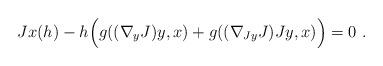
LaTeX: \begin{align*} Jx(h)-h\Big( g((\nabla_yJ)y,x)+g((\nabla_{Jy}J)Jy,x) \Big) =0 \ .\end{align*}